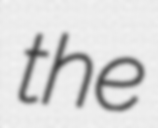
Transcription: the